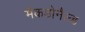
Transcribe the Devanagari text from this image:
मैकडोनैल्ड